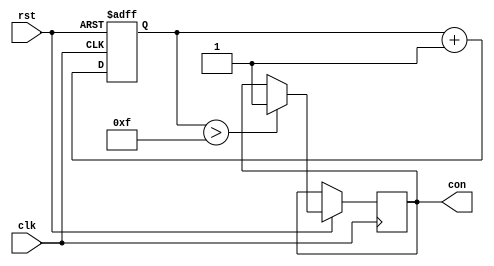
module SixteenCount(clk,rst,con);
input clk;
input rst;
reg [3:0] cnt;
output reg con=0;


always @(posedge clk or negedge rst)
	begin
		if(!rst)
			cnt<=0;
		else begin
			if (cnt > 4'b1111) con<=1;
			cnt <= cnt + 4'b0001;
		end
	end


endmodule